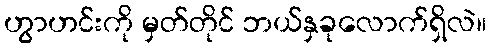
ဟွာဟင်းကို မှတ်တိုင် ဘယ်နှခုလောက်ရှိလဲ။